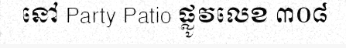
នៅ Party Patio ផ្លូវលេខ ៣០៨